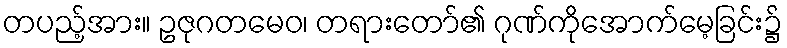
တပည့်အား။ ဥဇုဂတမေဝ၊ တရားတော်၏ ဂုဏ်ကိုအောက်မေ့ခြင်း၌